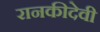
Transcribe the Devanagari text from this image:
रानकीदेवी